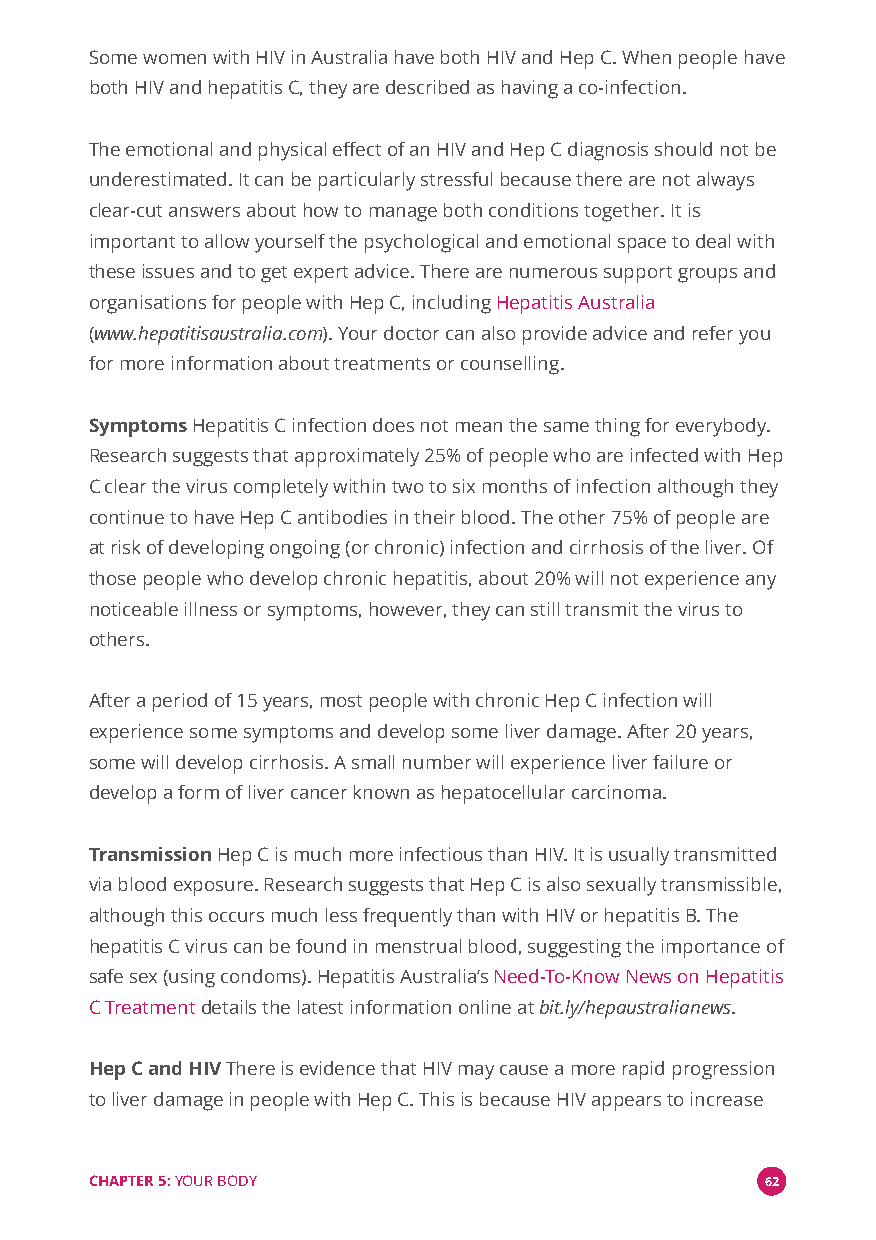
Some women with HIV in Australia have both HIV and Hep C. When people have
 both HIV and hepatitis C, they are described as having a co-infection.
 The emotional and physical effect of an HIV and Hep C diagnosis should not be
 underestimated. It can be particularly stressful because there are not always
 clear-cut answers about how to manage both conditions together. It is
 important to allow yourself the psychological and emotional space to deal with
 these issues and to get expert advice. There are numerous support groups and
 organisations for people with Hep C, includingHepatitis Australia
 (www.hepatitisaustralia.com). Your doctor can also provide advice and refer you
 for more information about treatments or counselling.
 SymptomsHepatitis C infection does not mean the same thing for everybody.
 Research suggests that approximately 25% of people who are infected with Hep
 C clear the virus completely within two to six months of infection although they
 continue to have Hep C antibodies in their blood. The other 75% of people are
 at risk of developing ongoing (or chronic) infection and cirrhosis of the liver. Of
 those people who develop chronic hepatitis, about 20% will not experience any
 noticeable illness or symptoms, however, they can still transmit the virus to
 others.
 After a period of 15 years, most people with chronic Hep C infection will
 experience some symptoms and develop some liver damage. After 20 years,
 some will develop cirrhosis. A small number will experience liver failure or
 develop a form of liver cancer known as hepatocellular carcinoma.
 TransmissionHep C is much more infectious than HIV. It is usually transmitted
 via blood exposure. Research suggests that Hep C is also sexually transmissible,
 although this occurs much less frequently than with HIV or hepatitis B. The
 hepatitis C virus can be found in menstrual blood, suggesting the importance of
 safe sex (using condoms). Hepatitis Australia’sNeed-To-Know News on Hepatitis
 C Treatmentdetails the latest information online atbit.ly/hepaustralianews.
 Hep C and HIVThere is evidence that HIV may cause a more rapid progression
 to liver damage in people with Hep C. This is because HIV appears to increase
 CHAPTER 5:YOUR BODY                          62